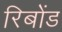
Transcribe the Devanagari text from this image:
रिबोंड